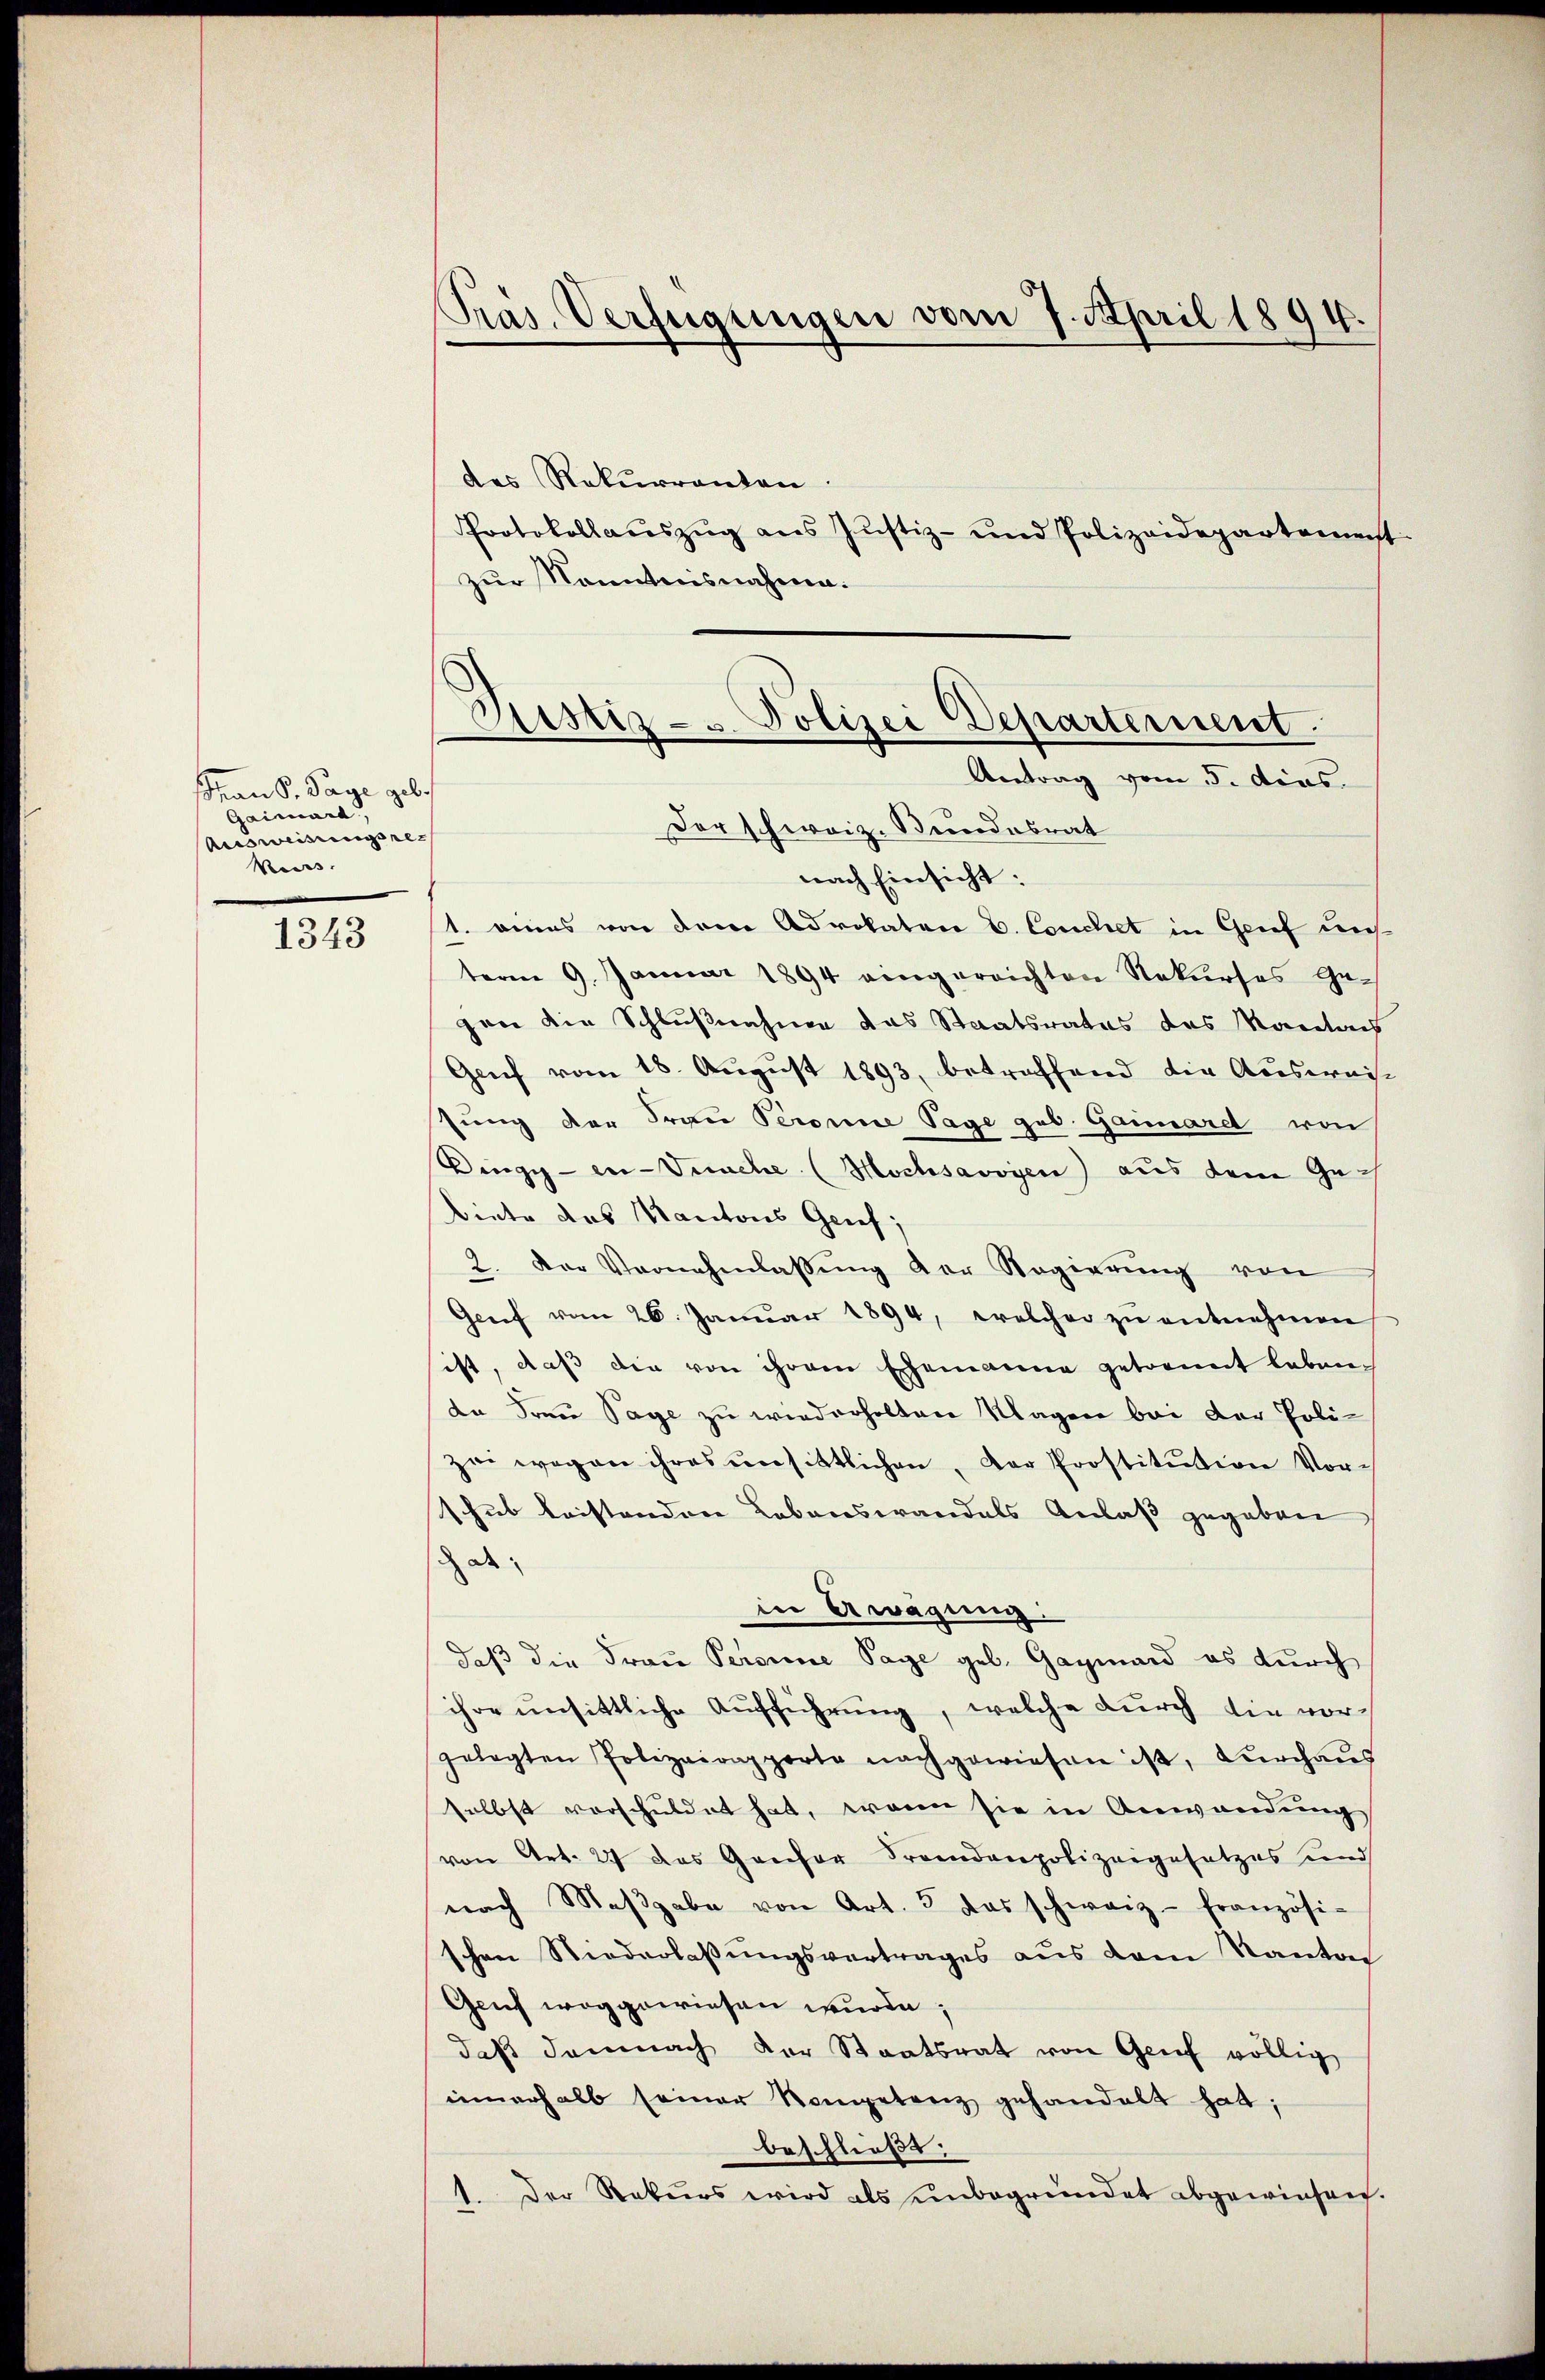
sian S. Tage geb.
Gairard,
Ausweisungsrec
Kuess

1343

Präs. Verfügungen vom 7. April 1894.

des Rekurrenten
Protokollaŭszŭg ans Justiz- und Polizeidepartement
zur Kenntnisnahme.
Der schweiz. Bundesrat
nach Einsicht:
1. eines von den Advokaten E. Couchet in Grief uns
term 9. Januar 1894 eingereichten Rekurses Ge-
gen die Schlußnahme das Staatsrates das Manetach
Genf vom 18. August 1893, betraffend die Ausweise
sung der Frau Peronne Tage geb. Gaiard von
Ding - en-Versche (Mochsavoyen) aus dem Gebiete das Kantons Genf;
2. Der Vernehmlassŭng der Regierŭng von
Genf vom 26. Januar 1894, welcher zu entnehmen
ist, daß die von ihrem Ehemanne getrennt leben.
da Frau Sage zu wiederholten Klagen bei der Poli-
zei wegen ihres unsittlichen, der Prostitution Vor-
schub leistenden Lebenswandels Anlaß gegeben
de
in Awagung
daß die Frau Peroine Tage geb. Gagmand es durch
ihre unsittliche Aŭfführŭng, welche durch die vor-
gelegten Polizeirapporte nachgewiesen ist, dŭrchaŭs
selbst vorschuldet hat, wenn sie in Anwendung
von Art. 27 das Gansor Fremdenpolizeigesetzes und
nach Maβgabe von Art. 3 das schweiz französi-
schen Niederlaβŭngsvertrages aus dem Kanton
Geif weggewiesen wurde;
daß demnach der Staatsrat von Genf völlig
innerhalb seiner Kompetenz gehandelt hat;
beschließt:
1. Der Rekurs wird als unbegründet abgewiesen.

Sistiz- u. Polizei Departement.
Antrag vom 5. dias.